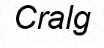
Cralg